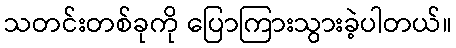
သတင်းတစ်ခုကို ပြောကြားသွားခဲ့ပါတယ်။